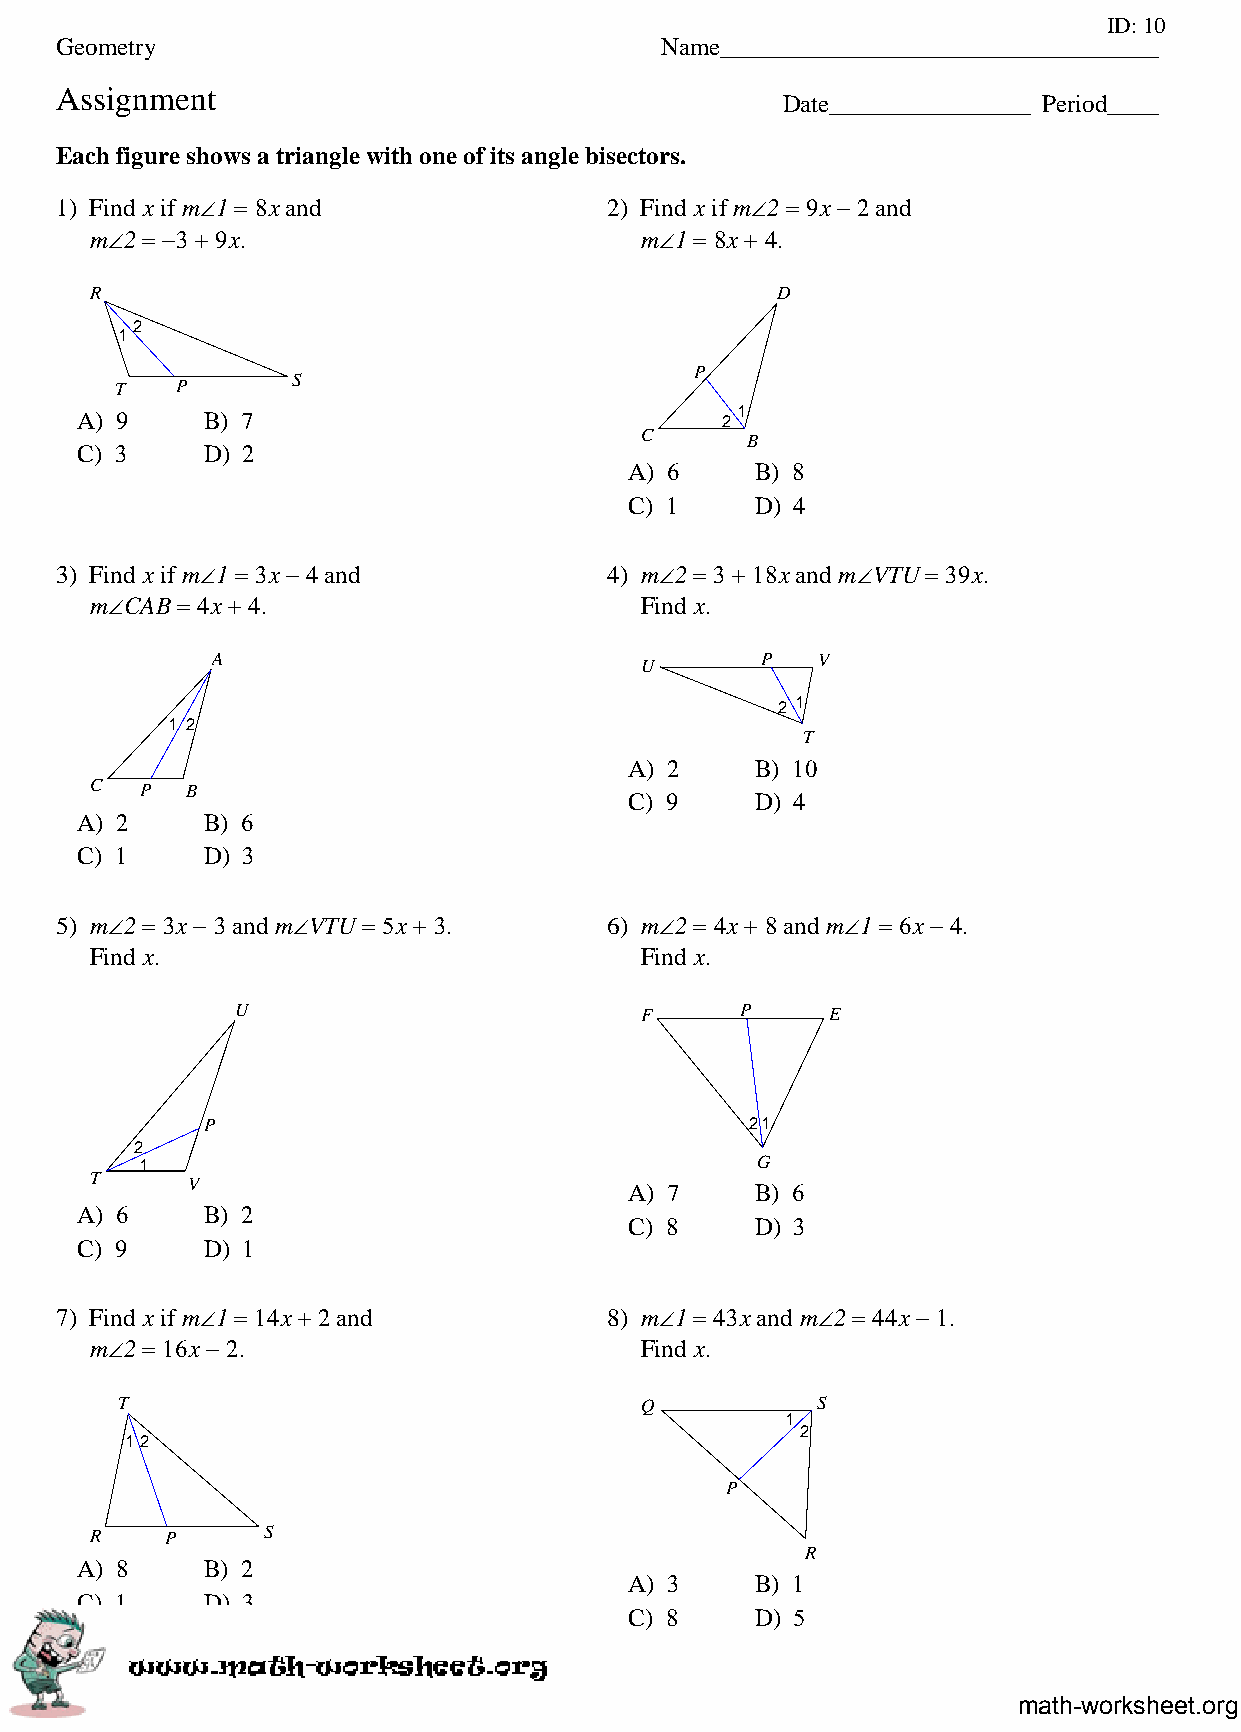
ID: 10
 Geometry                                Name___________________________________
 Assignment
 Date________________ Period____
 Each figure shows a triangle with one of its angle bisectors.
 1) Find x if m∠1 = 8x and           2) Find x if m∠2 = 9x − 2 and
 m∠2 = −3 + 9x.                      m∠1 = 8x + 4.
 R                                            D
 2
 1
 P
 T   P      S
 A) 9    B) 7                               21
 C      B
 C) 3    D) 2
 A) 6    B) 8
 C) 1    D) 4
 3) Find x if m∠1 = 3x − 4 and       4) m∠2 = 3 + 18x and m∠VTU = 39x.
 m∠CAB = 4x + 4.                     Find x.
 A                           U       P   V
 2 1
 1 2
 T
 A) 2    B) 10
 C  P  B
 C) 9    D) 4
 A) 2    B) 6
 C) 1    D) 3
 5) m∠2 = 3x − 3 and m∠VTU = 5x + 3. 6) m∠2 = 4x + 8 and m∠1 = 6x − 4.
 Find x.                             Find x.
 U                         F      P     E
 P                                    21
 2
 1                                        G
 T     V
 A) 7    B) 6
 A) 6    B) 2
 C) 8    D) 3
 C) 9    D) 1
 7) Find x if m∠1 = 14x + 2 and      8) m∠1 = 43x and m∠2 = 44x − 1.
 m∠2 = 16x − 2.                      Find x.
 T                                 Q           S
 1
 2
 12
 P
 R    P     S
 R
 A) 8    B) 2
 A) 3    B) 1
 C) 1    D) 3
 C) 8    D) 5
 math-worksheet.org